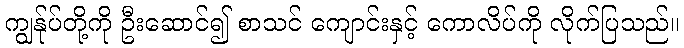
ကျွန်ုပ်တို့ကို ဦးဆောင်၍ စာသင် ကျောင်းနှင့် ကောလိပ်ကို လိုက်ပြသည်။